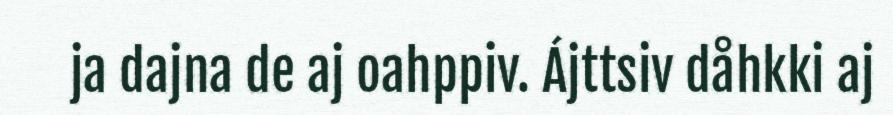
ja dajna de aj oahppiv. Ájttsiv dåhkki aj